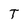
Character: T